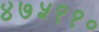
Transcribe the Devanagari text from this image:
४७५११०